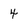
Character: 4